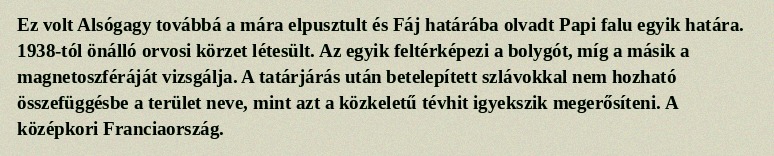
Ez volt Alsógagy továbbá a mára elpusztult és Fáj határába olvadt Papi falu egyik határa. 1938-tól önálló orvosi körzet létesült. Az egyik feltérképezi a bolygót, míg a másik a magnetoszféráját vizsgálja. A tatárjárás után betelepített szlávokkal nem hozható összefüggésbe a terület neve, mint azt a közkeletű tévhit igyekszik megerősíteni. A középkori Franciaország.